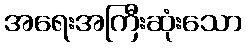
အရေးအကြီးဆုံးသော